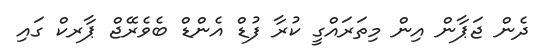
ދެން ޖަޕާން އިން މިތަރައްގީ ކުރާ ފުޑް އެންޑް ބެވެރޭޖް ޕާރކް ގައި